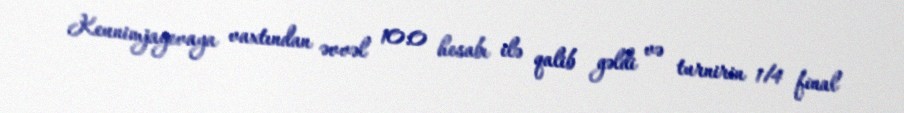
Keunimjayevaya vaxtından əvvəl 10:0 hesabı ilə qalib gəldi və turnirin 1/4 final